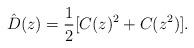
LaTeX: \begin{align*}\hat D(z)=\frac12[C(z)^2+C(z^2)].\end{align*}